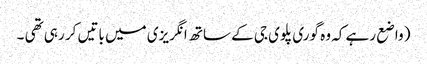
( واضع رہے کہ وہ گوری پلوی جی کے ساتھ انگریزی میں باتیں کر رہی تھی ۔